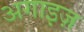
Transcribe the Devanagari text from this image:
अगाइज़